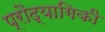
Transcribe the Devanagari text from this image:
प्रौद्यागिकी